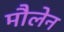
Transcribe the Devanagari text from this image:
मौलेन